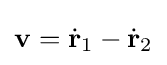
\mathbf {v} ={\dot {\mathbf {r} }}_{1}-{\dot {\mathbf {r} }}_{2}